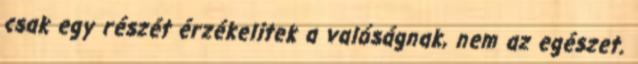
csak egy részét érzékelitek a valóságnak, nem az egészet.